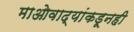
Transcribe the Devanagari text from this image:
माओवाद्यांकडूनही